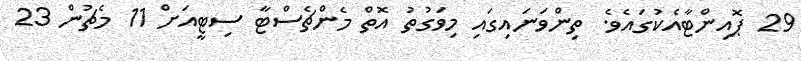
29 ޕޮއިންޓާއެކުގައެވެ. ތިންވަނައިގައި މިވަގުތު އޮތް މެންޗެސްޓާ ސިޓީއަށް 11 މެޗުން 23